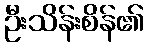
ဦးသိန်းစိန်၏